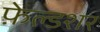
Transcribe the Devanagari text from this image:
फ़ेल्डशर